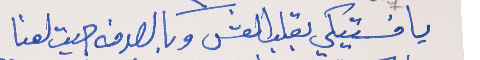
يا فستيكي بقلب العش     وبالصدفه جيت لعنا